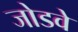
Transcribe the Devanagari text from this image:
जोडवे